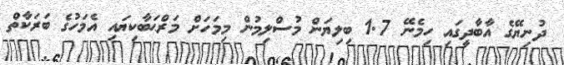
ދުނިޔޭގެ އާބާދީގައި ހިމެނޭ 1.7 ބިލިޔަން މުސްލިމުން މިމަހަށް މަރްޙަބާކިޔައި އެމަހުގެ ބަރަކާތް